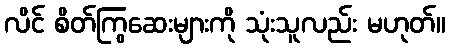
လိင် စိတ်ကြွဆေးများကို သုံးသူလည်း မဟုတ်။